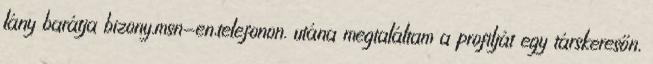
lány barátja bizony.msn-en,telefonon. utána megtaláltam a profilját egy társkeresőn,